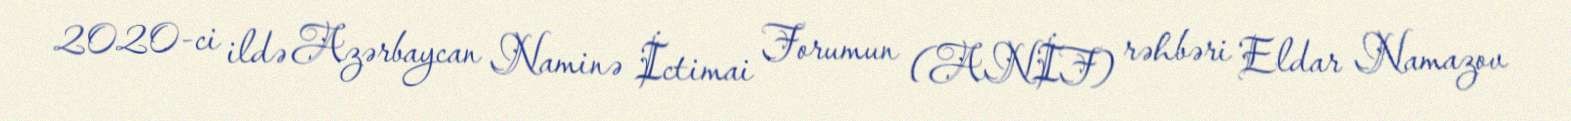
2020-ci ildə Azərbaycan Naminə İctimai Forumun (ANİF) rəhbəri Eldar Namazov